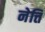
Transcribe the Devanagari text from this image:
नेत्ति